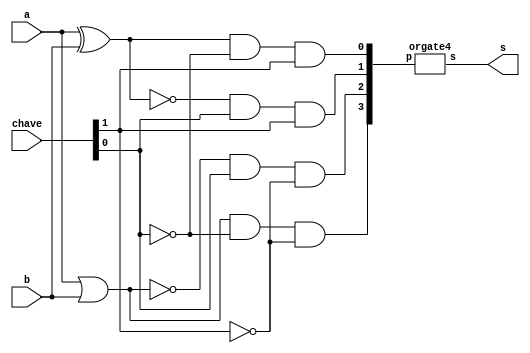
// -------------------------
// Exemplo0034 - LU selecionavel
// Nome: Roger Rubens Machado
// -------------------------
// -------------------------
// LU
// -------------------------
   module LU (output s, input a, input b, input [1:0] chave);

   wire [3:0] c;
   wire [3:0] d;
   xor XOR1(c[0], a, b);
   xnor XNOR1(c[1], a, b);
   nor NOR1(c[2], a, b);
   or OR1(c[3], a, b);
   and AND1(d[0], c[0], ~chave[0], chave[1]);
   and AND2(d[1], c[1], chave[0], chave[1]);
   and AND3(d[2], c[2], chave[0], ~chave[1]);
   and AND4(d[3], c[3], ~chave[0], ~chave[1]);
   orgate4 OR(s, d );

   endmodule // LU

   module orgate4 ( output s, input [3:0] p);
          wire y, z;
          or OR1 (y, p[0], p[1]);
          or OR2 (z, p[2], p[3]);

          assign s = y | z;
   endmodule // orgate

   module test_LU;
// ------------------------- definir dados
   reg x, y;
   reg [1:0] chave;

   LU modulo (z, x, y, chave);

// ------------------------- parte principal
   initial begin
   $display("Exemplo0033 - Roger Rubens Machado - 430533");
   $display("Test LU's module");
   $display("\n A | B | Key | Resultado");
   $monitor("%1b    %1b    %1b       %2b ",x,y,chave,z);
          x = 1'b0;   y = 1'b0;   chave = 2'b00;
       #1 x = 1'b0;   y = 1'b1;   chave = 2'b00;
       #1 x = 1'b1;   y = 1'b0;   chave = 2'b00;
       #1 x = 1'b1;   y = 1'b1;   chave = 2'b00;
       #1 x = 1'b0;   y = 1'b0;   chave = 2'b01;
       #1 x = 1'b0;   y = 1'b1;   chave = 2'b01;
       #1 x = 1'b1;   y = 1'b0;   chave = 2'b01;
       #1 x = 1'b1;   y = 1'b1;   chave = 2'b01; 
       #1 x = 1'b0;   y = 1'b0;   chave = 2'b10;
       #1 x = 1'b0;   y = 1'b1;   chave = 2'b10;
       #1 x = 1'b1;   y = 1'b0;   chave = 2'b10;
       #1 x = 1'b1;   y = 1'b1;   chave = 2'b10;
       #1 x = 1'b0;   y = 1'b0;   chave = 2'b11;
       #1 x = 1'b0;   y = 1'b1;   chave = 2'b11;
       #1 x = 1'b1;   y = 1'b0;   chave = 2'b11;
       #1 x = 1'b1;   y = 1'b1;   chave = 2'b11;

   end
endmodule // test_f4